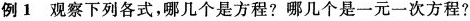
例1观察下列各式，哪几个是方程?哪几个是一元一次方程?